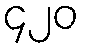
၄၂၀